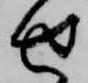
せ